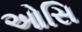
ઓસિ